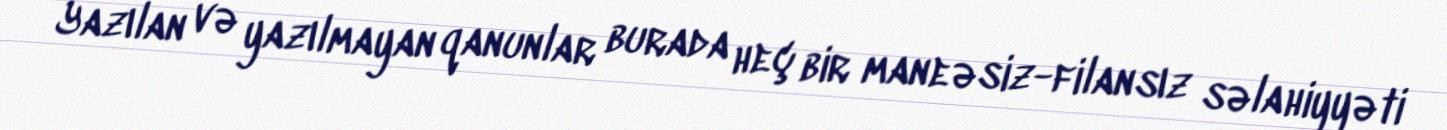
Yazılan və yazılmayan qanunlar burada heç bir maneəsiz-filansız səlahiyyəti